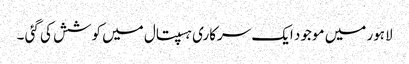
لاہور میں موجود ایک سرکاری ہسپتال میں کوشش کی گئی ۔